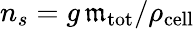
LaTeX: n_{s}=g\, \mathfrak{m}_{\mathrm{{tot}}}/\rho_{\mathrm{{cell}}}